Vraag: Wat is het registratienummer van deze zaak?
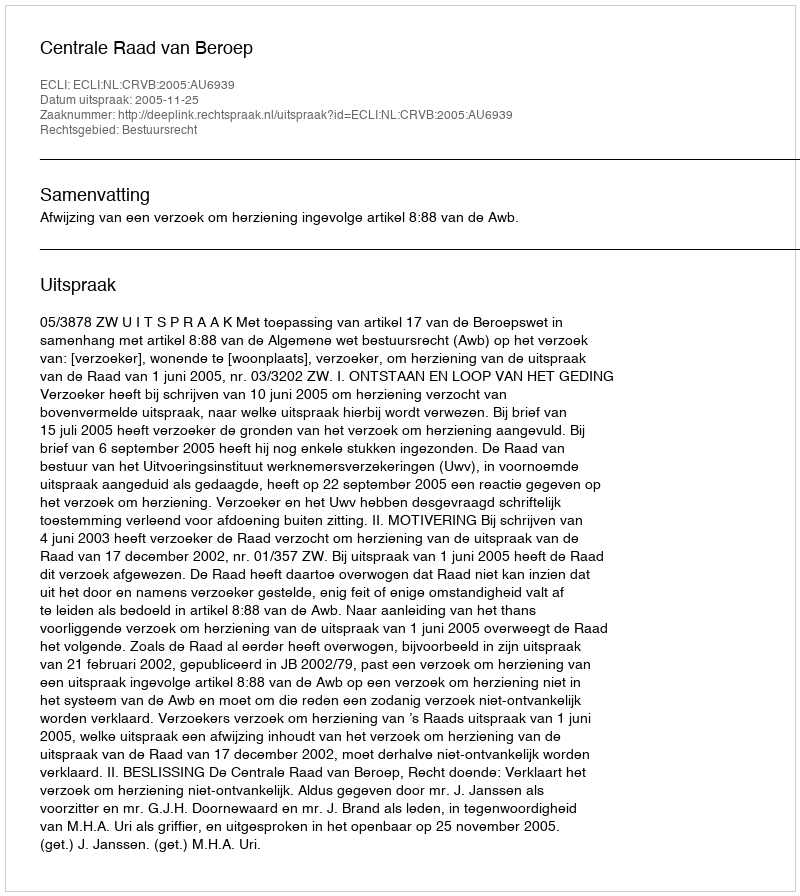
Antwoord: http://deeplink.rechtspraak.nl/uitspraak?id=ECLI:NL:CRVB:2005:AU6939